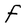
Character: F